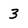
Character: 3